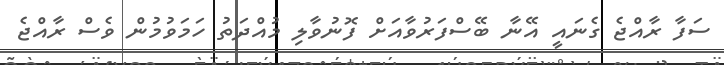
ސަފާ ރާއްޖެ ގެނައީ އޭނާ ބޭސްފަރުވާއަށް ފޮނުވާލި މުއްދަތު ހަމަވުމުން ވެސް ރާއްޖެ